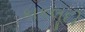
કાકલૂદી